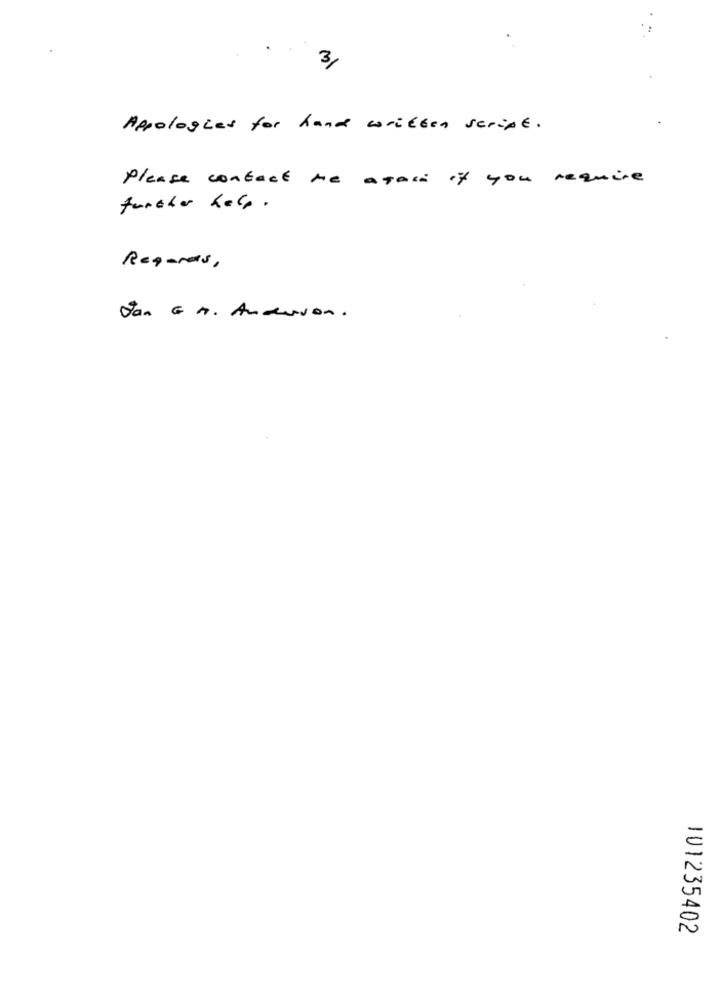
3,
Appologies for hand written script.
Please contact me again if you require
further help .
Regards,
Jan G A. Anderson.
101235402